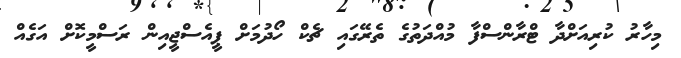
މިހާރު ކުރިއަށްދާ ޓްރާންސްފާ މުއްދަތުގެ ތެރޭގައި ޗެކް ހޯދުމަށް ޕީއެސްޖީއިން ރަސްމީކޮށް އަގެއް